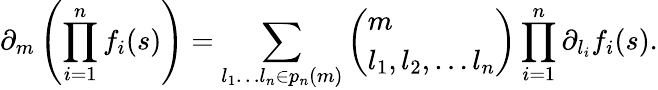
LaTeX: \partial_{m}\left(\prod_{i=1}^{n}f_{i}(s)\right)=\sum_{l_{1}\ldots l_{n}\in p_{n}(m)}\left(\begin{array}{l}{m}\\ {l_{1},l_{2},\ldots l_{n}}\end{array}\right)\prod_{i=1}^{n}\partial_{l_{i}}f_{i}(s).